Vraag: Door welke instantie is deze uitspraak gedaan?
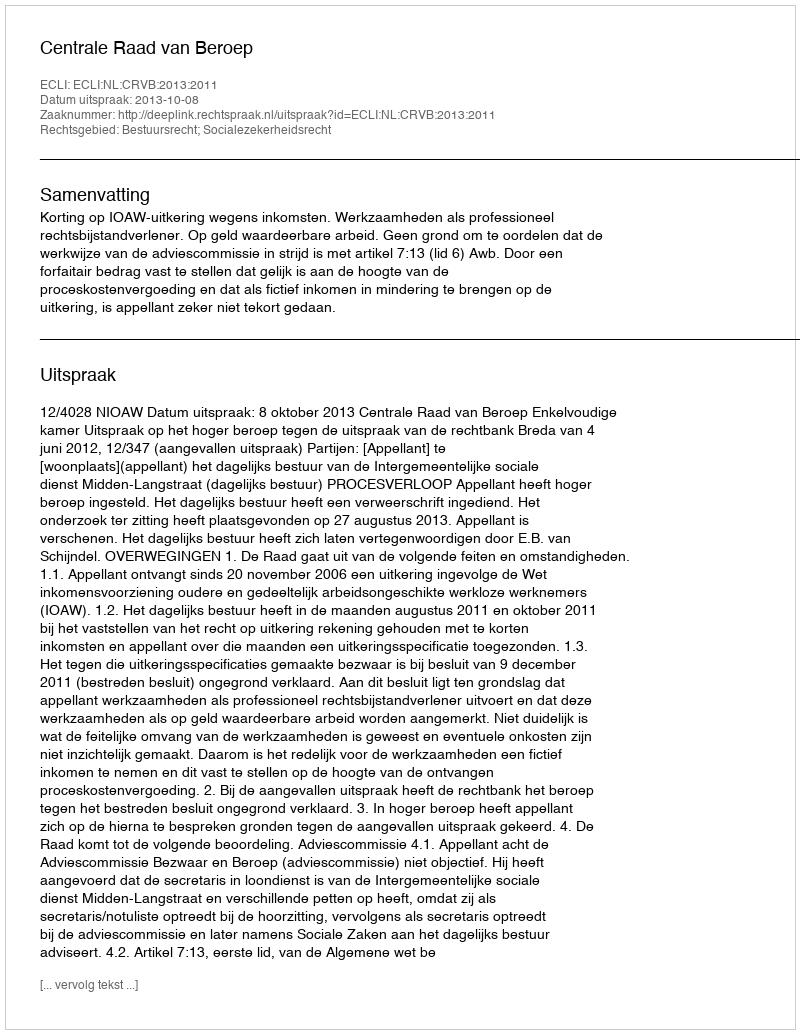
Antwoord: Centrale Raad van Beroep